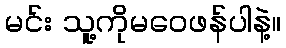
မင်း သူ့ကိုမဝေဖန်ပါနဲ့။